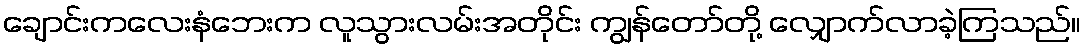
ချောင်းကလေးနံဘေးက လူသွားလမ်းအတိုင်း ကျွန်တော်တို့ လျှောက်လာခဲ့ကြသည်။